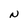
Character: N